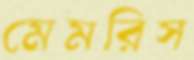
মেমরিস